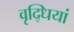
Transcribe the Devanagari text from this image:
वृद्धियां